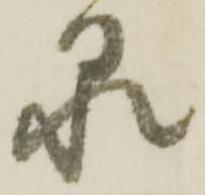
泉